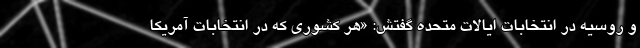
و روسیه در انتخابات ایالات متحده گفتش: «هر کشوری که در انتخابات آمریکا